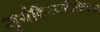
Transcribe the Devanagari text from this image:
सूर्यकिंरणचिकित्सा